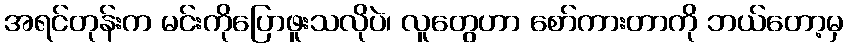
အရင်တုန်းက မင်းကိုပြောဖူးသလိုပဲ၊ လူတွေဟာ စော်ကားတာကို ဘယ်တော့မှ